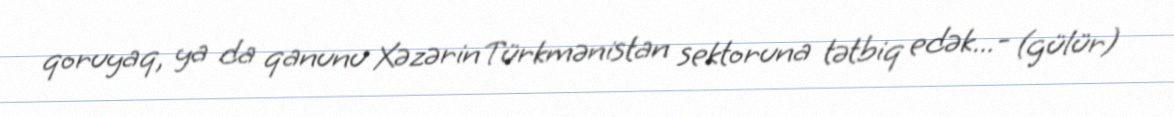
qoruyaq, ya da qanunu Xəzərin Türkmənistan sektoruna tətbiq edək...- (gülür)